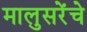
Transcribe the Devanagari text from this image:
मालुसरेंचे